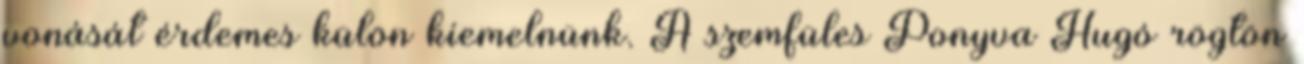
vonását érdemes külön kiemelnünk. A szemfüles Ponyva Hugó rögtön